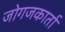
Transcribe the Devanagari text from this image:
जोगजकार्ता